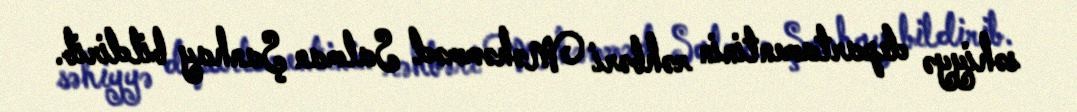
səhiyyə departamentinin rəhbəri Məhəmməd Salman Şanhay bildirib.